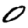
Digit: 0